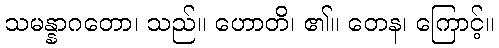
သမန္နာဂတော၊ သည်။ ဟောတိ၊ ၏။ တေန၊ ကြောင့်။